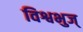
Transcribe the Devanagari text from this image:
विश्वभुज्‌